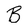
Character: B